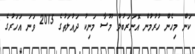
ކަން މިހެން ހުރުމުން އޮނަރަބުލް މޫސާ މަނިކު ދައުލަތުގެ 2015 ވަނަ އަހަރުގެ